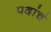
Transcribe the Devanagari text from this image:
पदांचं